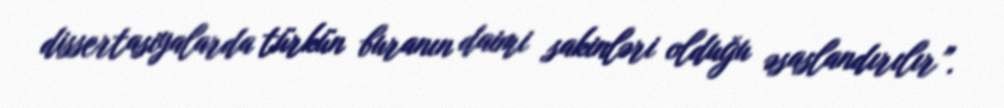
dissertasiyalarda türkün buranın daimi sakinləri olduğu əsaslandırılır”.